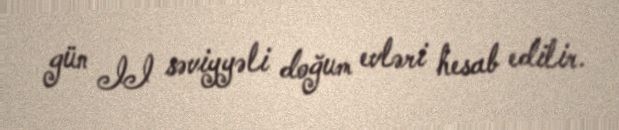
gün II səviyyəli doğum evləri hesab edilir.